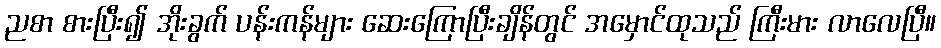
ညစာ စားပြီး၍ အိုးခွက် ပန်းကန်များ ဆေးကြောပြီးချိန်တွင် အမှောင်ထုသည် ကြီးမား လာလေပြီ။